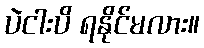
ပဲငါးပိ ရနိုင်မလား။